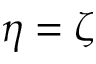
\eta = \zeta